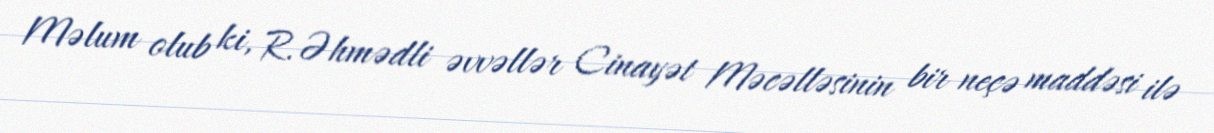
Məlum olub ki, R.Əhmədli əvvəllər Cinayət Məcəlləsinin bir neçə maddəsi ilə